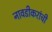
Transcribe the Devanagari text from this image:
नावडीकरांची